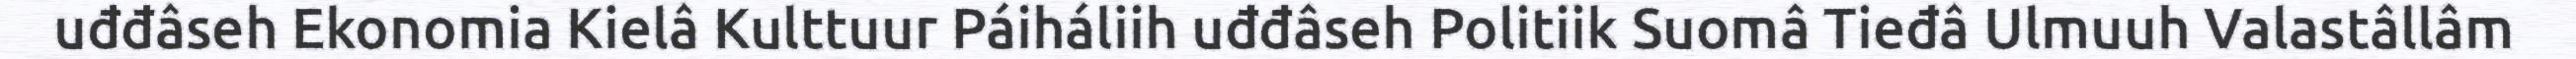
uđđâseh Ekonomia Kielâ Kulttuur Páiháliih uđđâseh Politiik Suomâ Tieđâ Ulmuuh Valastâllâm